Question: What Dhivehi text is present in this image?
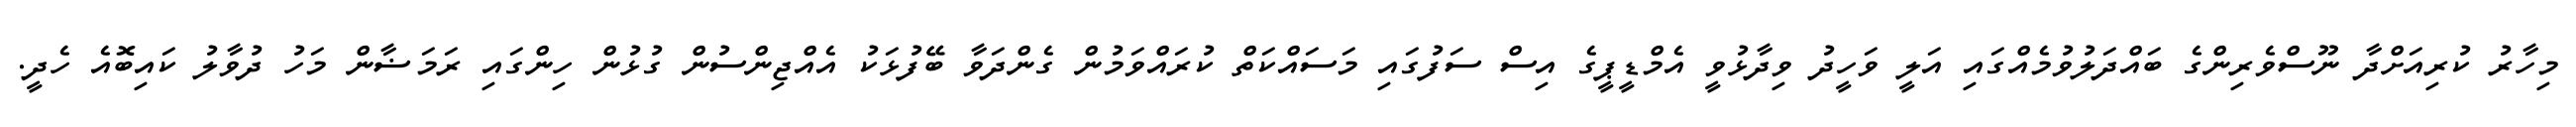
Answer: މިހާރު ކުރިއަށްދާ ނޫސްވެރިންގެ ބައްދަލުވުމެއްގައި އަލީ ވަހީދު ވިދާޅުވީ އެމްޑީޕީގެ އިސް ސަފުގައި މަސައްކަތް ކުރައްވަމުން ގެންދަވާ ބޭފުޅަކު އެއްޖިންސުން ގުޅުން ހިންގައި ރަމަޟާން މަހު ދުވާލު ކައިބޮއެ ހެދީ.